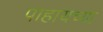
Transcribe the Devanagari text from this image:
पाहायच्या